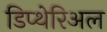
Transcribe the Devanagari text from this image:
डिप्थेरिअल